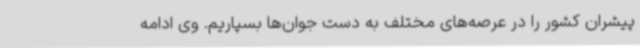
پیشران کشور را در عرصه‌های مختلف به دست جوان‌ها بسپاریم. وی ادامه